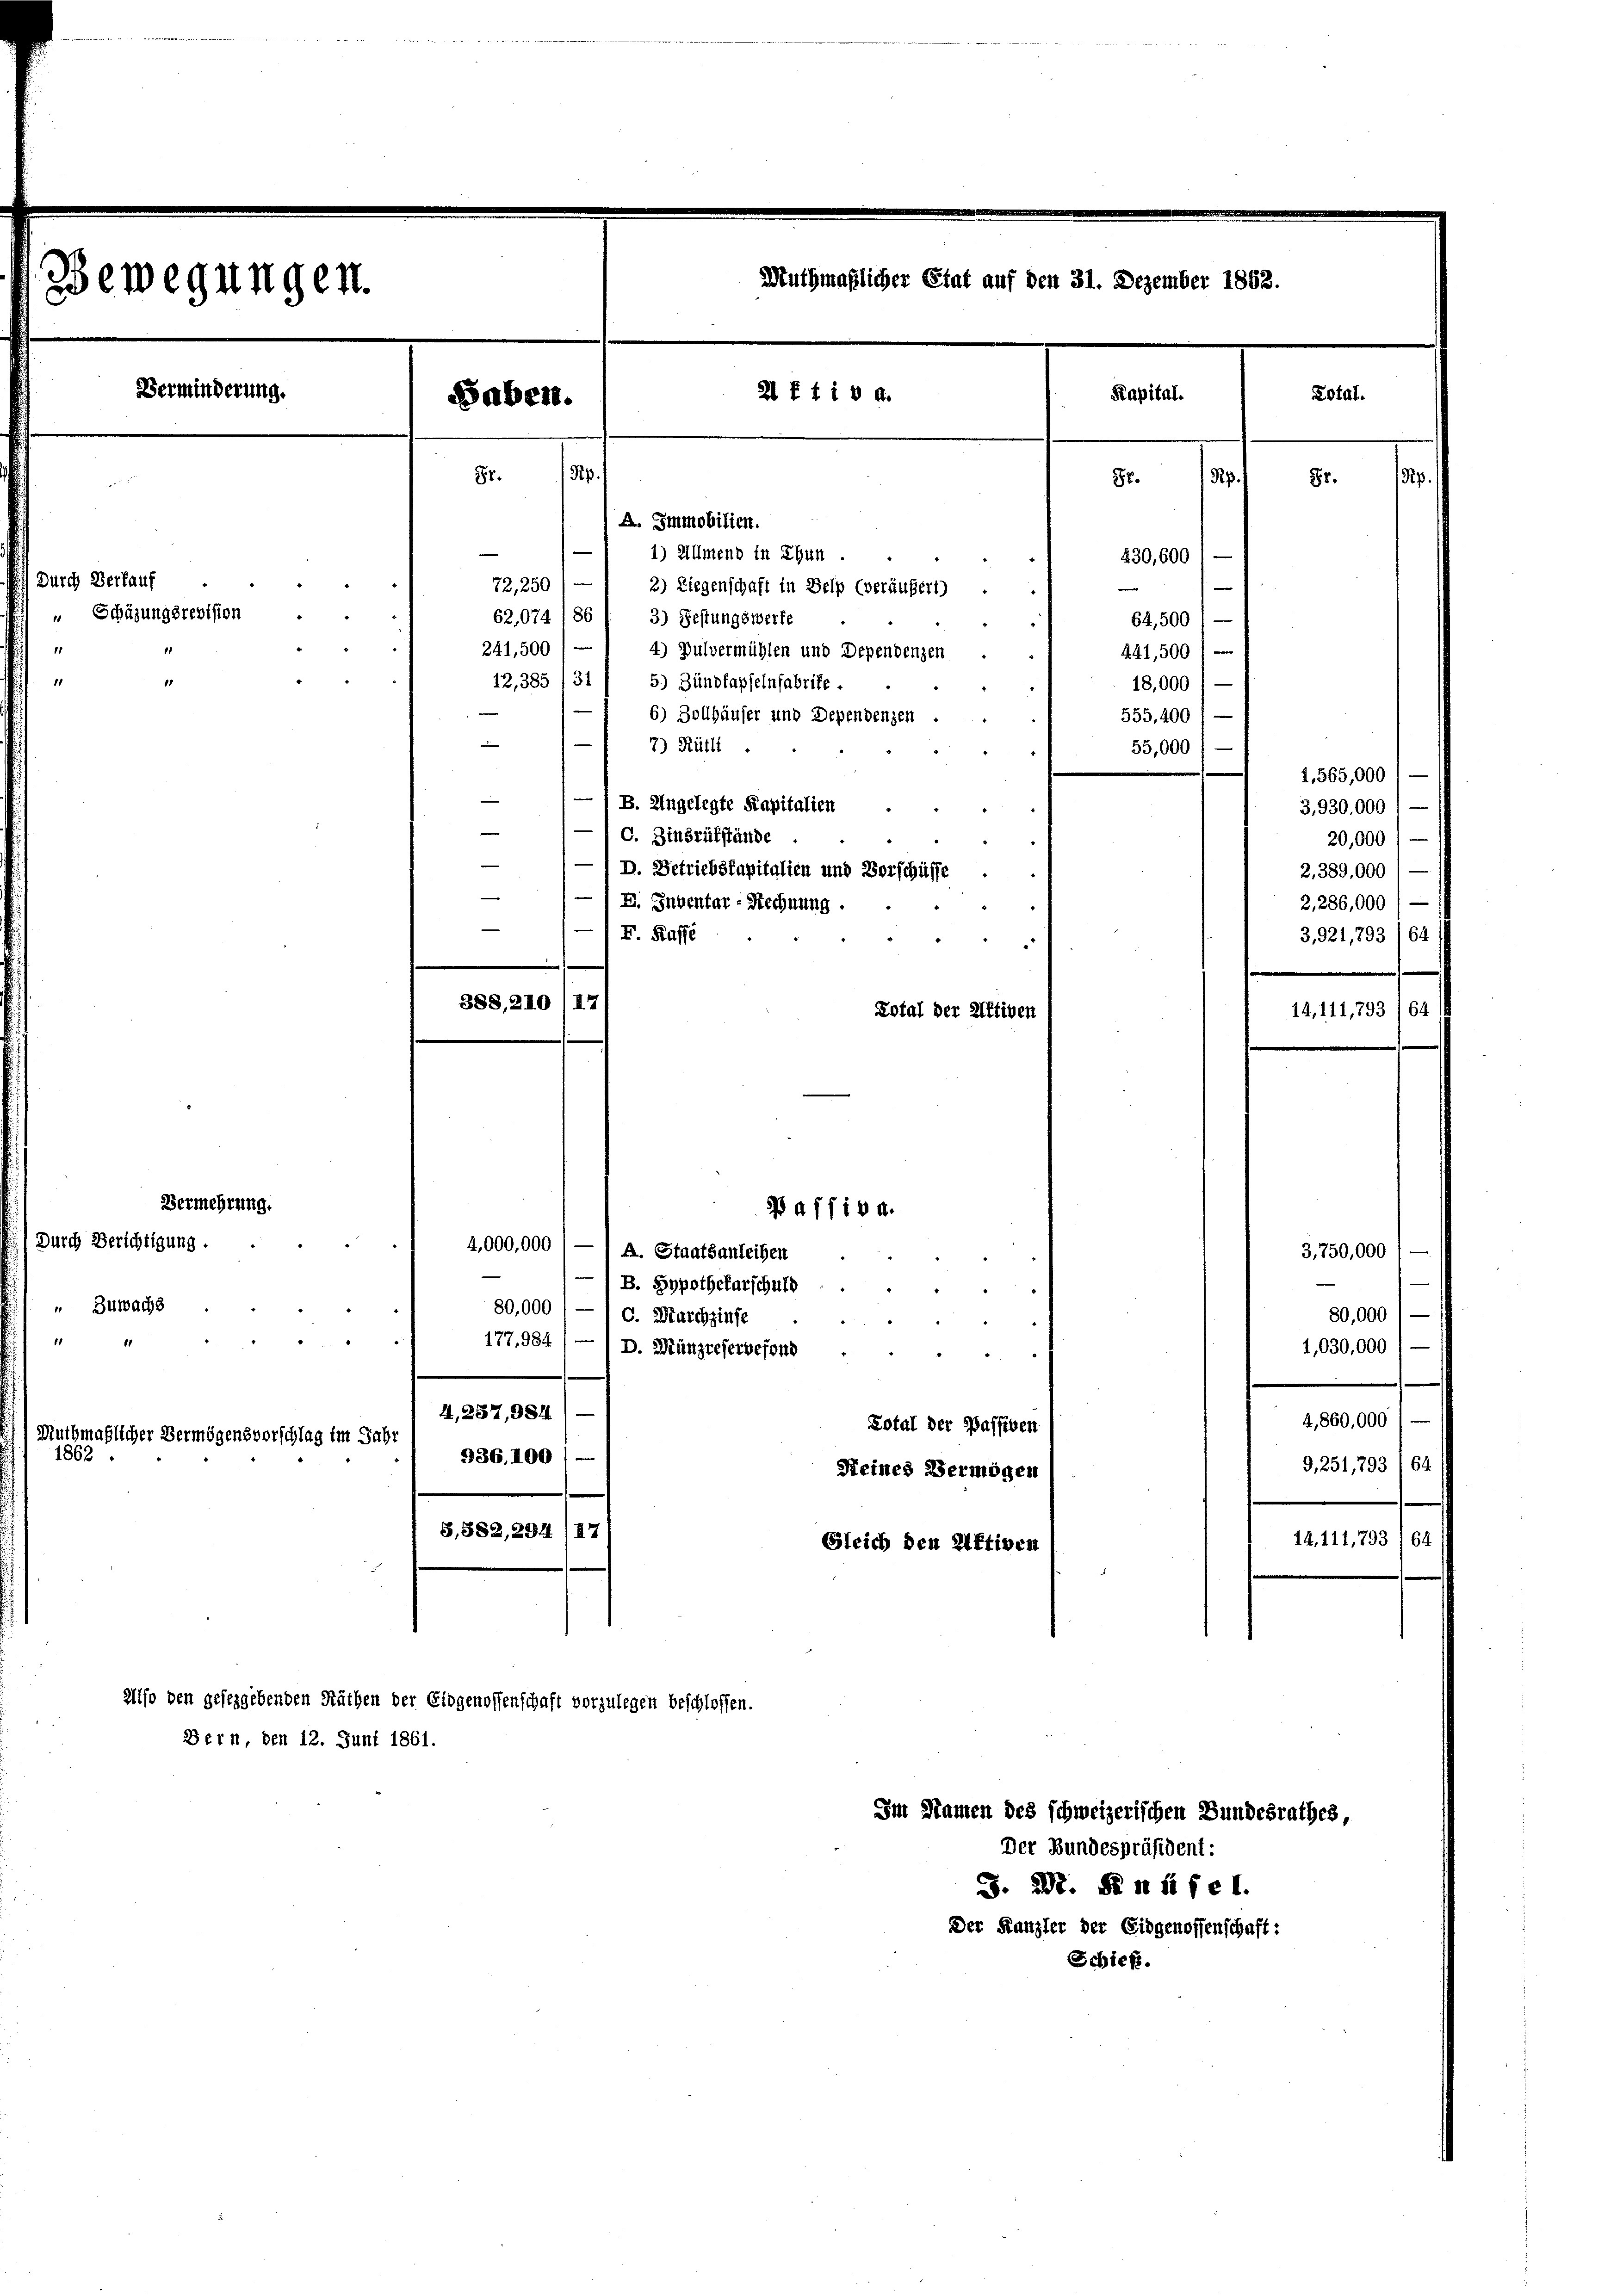
bewegungen.

11

Vermehrung.
durch Berichtigung.
 Zuwachs

Verminderung.
Baben.
87.

ich Verkauf
" Schäzungsrevision
241,500

lcher Vermögensvorschlag im Jahr

A. Immobilien.
1) Allmend in Thun.
72,250' — ) 2) Liegenschaft in Belp (veräufert
62,074 (86 / 3) Festungswerte
4) Pulvermühlen und Dependenzen
12,385 /31 / 5) Zündkapselnfabrike.
6) Zollhäuser und Dependenzen
7) Kält
—/B. Angelegte Kapitalien
— 1 c. Zinsrükstände
D. Betriebskapitalien und Vorschüsse
— I. Inventar - Rechnung.
F. Kasse
Lotal der Aktiven
PA11184.
4,000,000
A. Staatsanleihen
B. Hypothekarschuld.
80,000 / — 1 c. Marchzinse
¬
177, 984
D. Münzreferbesond
.
4, 287, 984
Lotal der Passiven
936. 100
Keines Vermögen
S. 582, 294 (17)
Gleich den Aktiven

Bern, den 12. Juni 1861.

Also den gesezgebenden Räthen der Eidgenossenschaft vorzulegen beschlossen.

388, 210 (17

Pip.

Muthmaßlicher Etat auf den 31. Dezember 1862.

2 ftiv d.

Kapital.

Schi

86.
Rp.
430, 600
64,500
441,500
18,000

555,400
55,000

Fr.

1. 565,000
3,930,000
20,000
2. 389,000) —
2,286,000) —
3,921,793 (64

14, 111,793/64

3,750,000
80,000) —
1,030,000

Im Namen des schweizerischen Bundesrathes,
Der Bundespräsident:
J. 297. Se n üfe 1.
Der Kanzler der Eidgenossenschaft:

Lotas

14,111,79:

4,860,000) —
G,251,793 (64